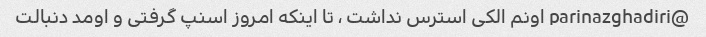
@parinazghadiri اونم الکی استرس نداشت ، تا اینکه امروز اسنپ گرفتی و اومد دنبالت